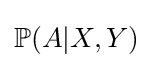
\mathbb {P} (A|X,Y)